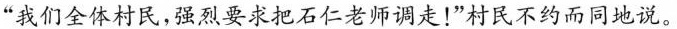
”我们全体村民，强烈要求把石仁老师调走！